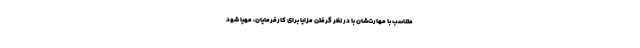
متناسب با مهارت‌شان با در نظر گرفتن مزایا برای کارفرمایان، مهیا شود